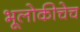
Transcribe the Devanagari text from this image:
भूलोकीचेच